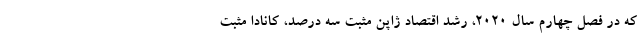
که در فصل چهارم سال ۲۰۲۰، رشد اقتصاد ژاپن مثبت سه درصد، کانادا مثبت